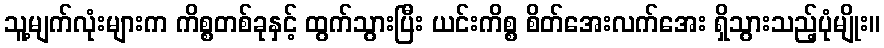
သူ့မျက်လုံးများက ကိစ္စတစ်ခုနှင့် ထွက်သွားပြီး ယင်းကိစ္စ စိတ်အေးလက်အေး ရှိသွားသည့်ပုံမျိုး။